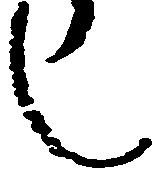
し